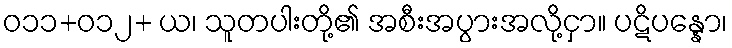
ဝ၁၁+၀၁၂+ ယ၊ သူတပါးတို့၏ အစီးအပွားအလို့ငှာ။ ပဋိပန္နော၊